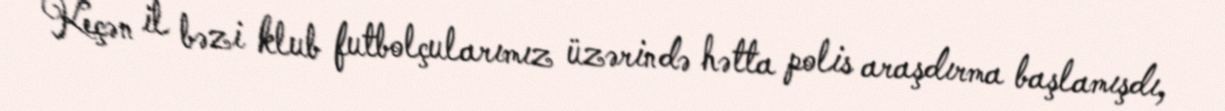
Keçən il bəzi klub futbolçularımız üzərində hətta polis araşdırma başlamışdı,